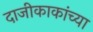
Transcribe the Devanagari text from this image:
दाजीकाकांच्या